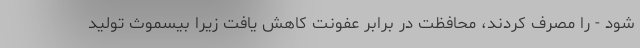
شود - را مصرف کردند، محافظت در برابر عفونت کاهش یافت زیرا بیسموث تولید